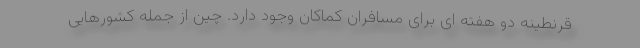
قرنطینه دو هفته ای برای مسافران کماکان وجود دارد. چین از جمله کشورهایی